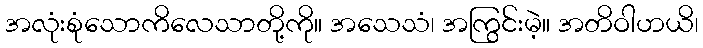
အလုံးစုံသောကိလေသာတို့ကို။ အသေသံ၊ အကြွင်းမဲ့။ အတိဝါဟယိ၊